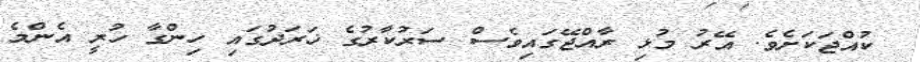
ކުއްޖަކަށެވެ. އޭރު މުޅި ރާއްޖޭގައިވެސް ސަރުކާރުގެ ޚަރަދުގައި ހިންގާ ހުރީ އެންމެ